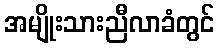
အမျိုးသားညီလာခံတွင်